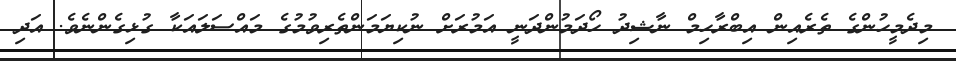
މިދެމީހުންގެ ތެރެއިން އިބްރާހިމް ނާޝިދު ހޯދަމުންދަނީ އަމުރަށް ނުކިޔަމަންތެރިވުމުގެ މައްސަލައަކާ ގުޅިގެންނެވެ. އަދި